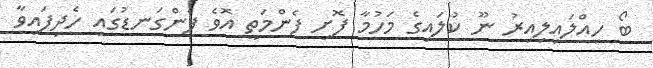
ބޯ ހިއްލައިލިއިރު ނޫ ކުލައިގެ މަހުމާ ފޮށި ފެންމަތީ އޮވެ ފެންގަނޑުގައި ހެދިފައިވާ